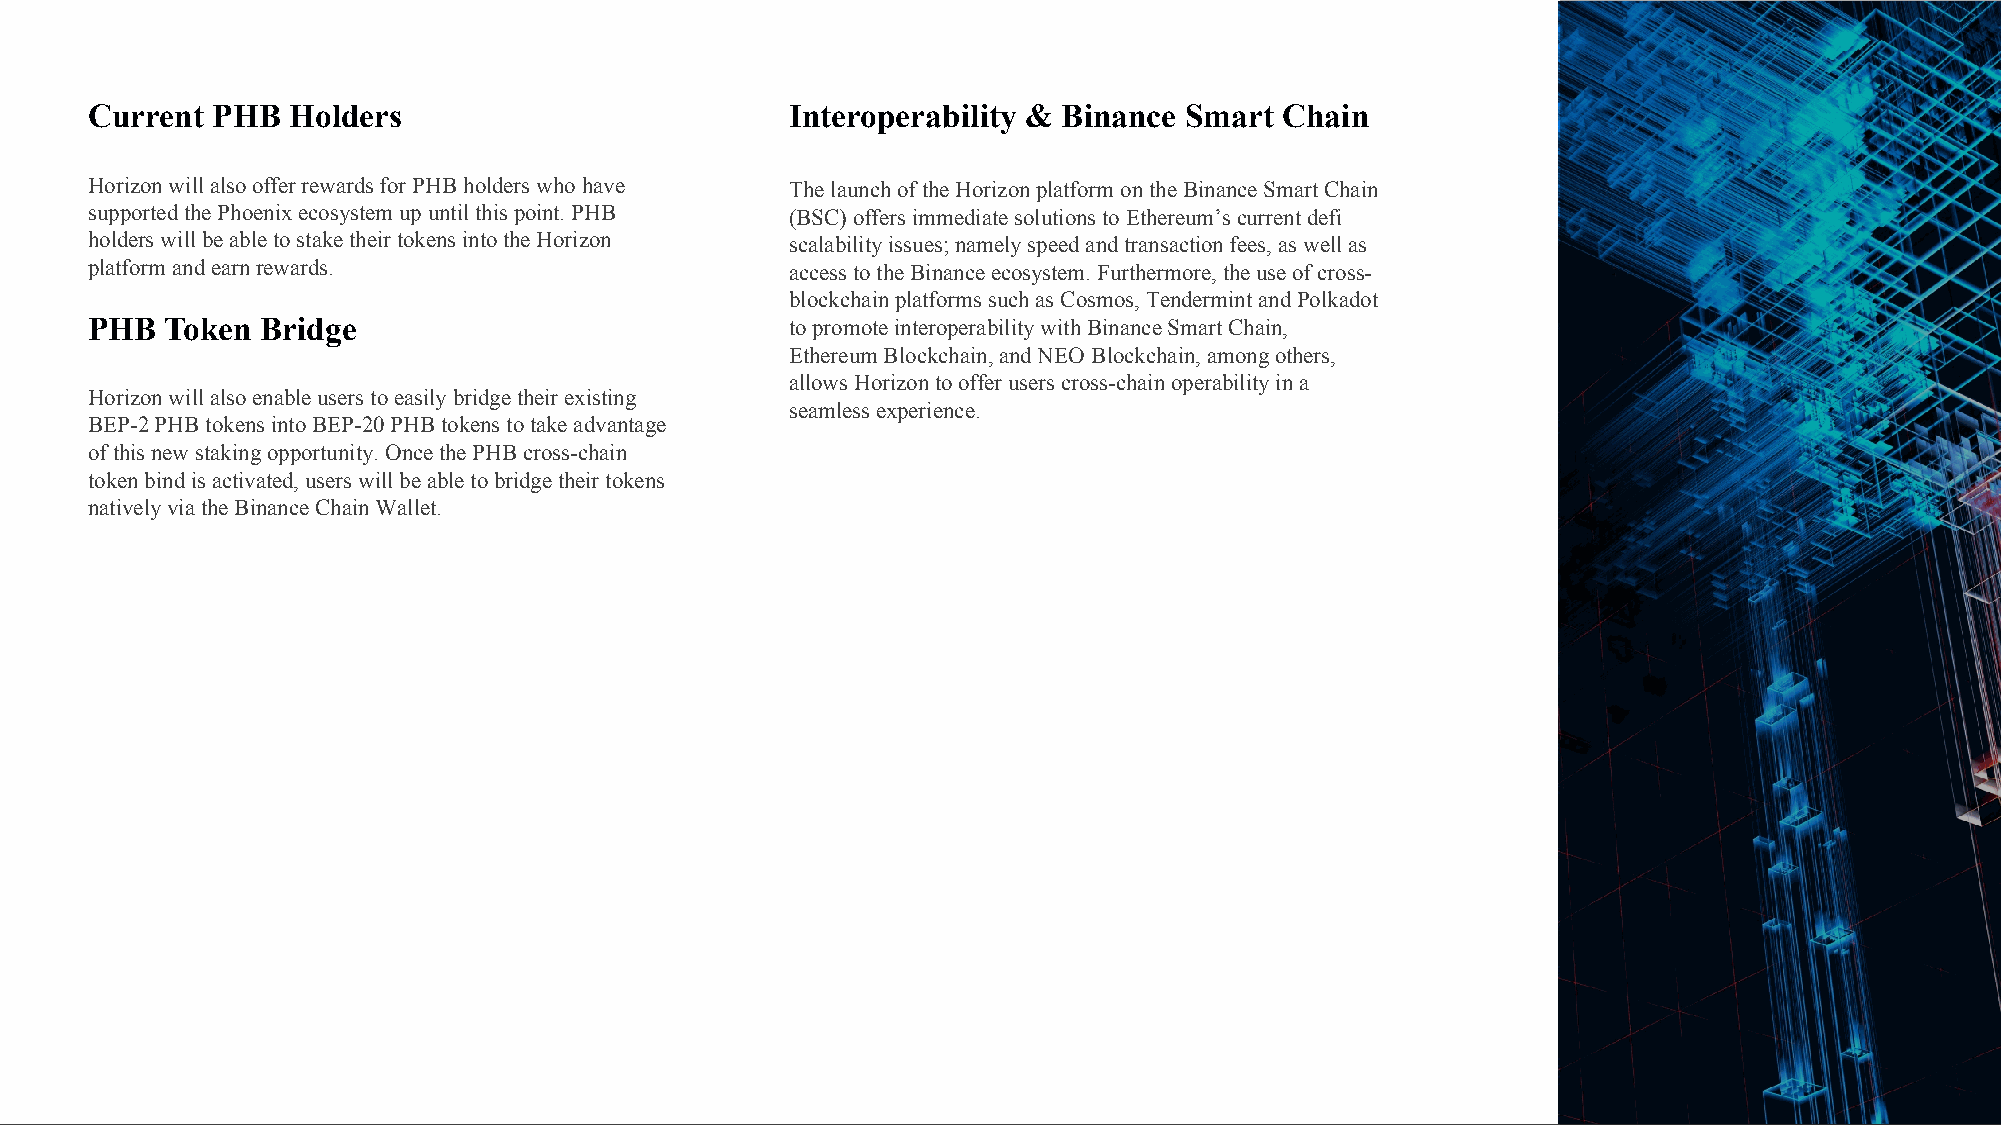
Current PHB  Holders                          Interoperability & Binance Smart Chain
 Horizon will also offer rewards for PHB holders who have The launch of the Horizon platform on the BinanceSmart Chain
 supported the Phoenix ecosystem up until this point. PHB (BSC) offers immediate solutions to Ethereum’scurrent defi
 holders will be able to stake their tokens into the Horizon scalability issues; namely speed and transaction fees, as well as
 platform and earn rewards.                    access to the Binanceecosystem. Furthermore, the use of cross-
 blockchainplatforms such as Cosmos, Tendermintand Polkadot
 PHB  Token Bridge                             to promote interoperability with BinanceSmart Chain,
 EthereumBlockchain, and NEO Blockchain, among others,
 allows Horizon to offer users cross-chain operability in a
 Horizon will also enable users to easily bridge their existing
 seamless experience.
 BEP-2 PHB tokens into BEP-20 PHB tokens to take advantage
 of this new staking opportunity. Once the PHB cross-chain
 token bind is activated, users will be able to bridge their tokens
 natively via the BinanceChain Wallet.